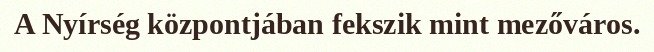
A Nyírség központjában fekszik mint mezőváros.